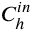
C _ { h } ^ { i n }